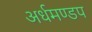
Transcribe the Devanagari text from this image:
अर्धमण्डप